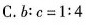
C.$$b : c = 1 : 4$$